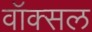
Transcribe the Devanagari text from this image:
वॉक्‍सल